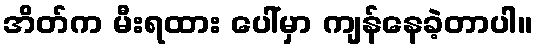
အိတ်က မီးရထား ပေါ်မှာ ကျန်နေခဲ့တာပါ။